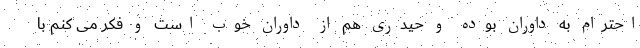
احترام به داوران بوده و حیدری هم از داوران خوب است و فکر می کنم با